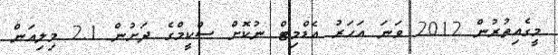
މީގެއިތުރުން 2012 ވަނަ އަހަރު އެޑްމިޓް ނުކޮށް ސްކީމްގެ ދަށުން 2.1 މިލިއަން